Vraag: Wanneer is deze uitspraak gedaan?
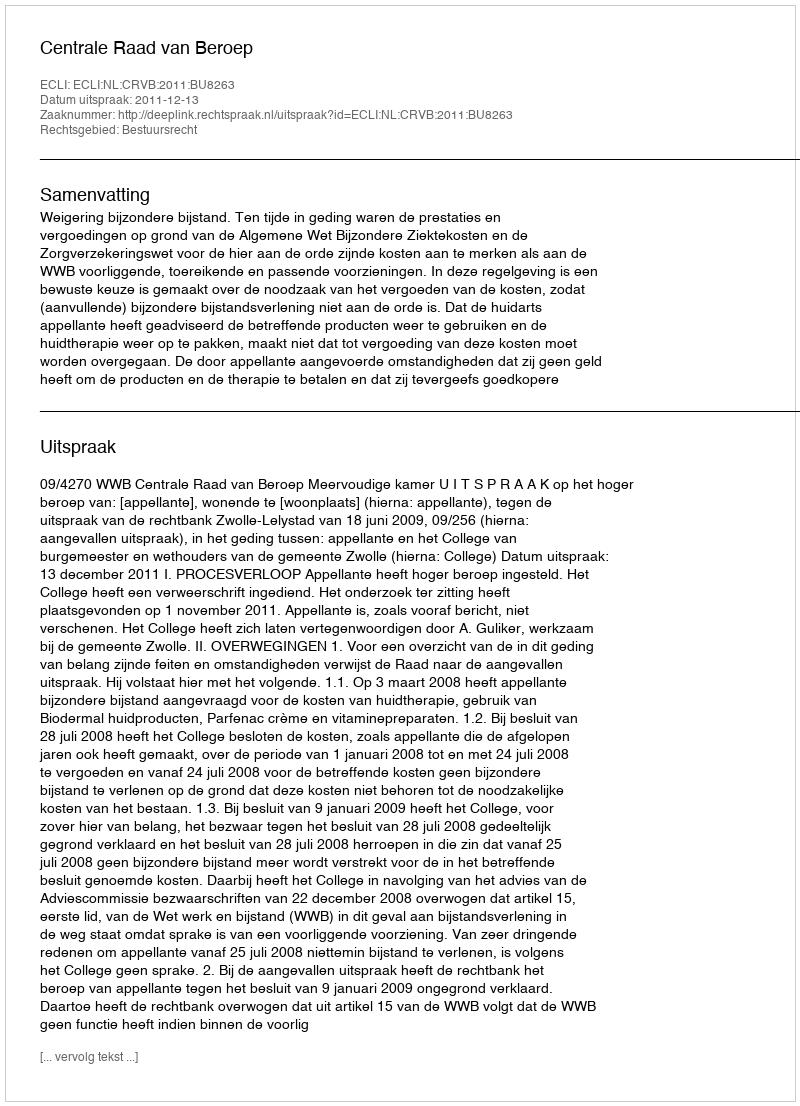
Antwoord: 2011-12-13